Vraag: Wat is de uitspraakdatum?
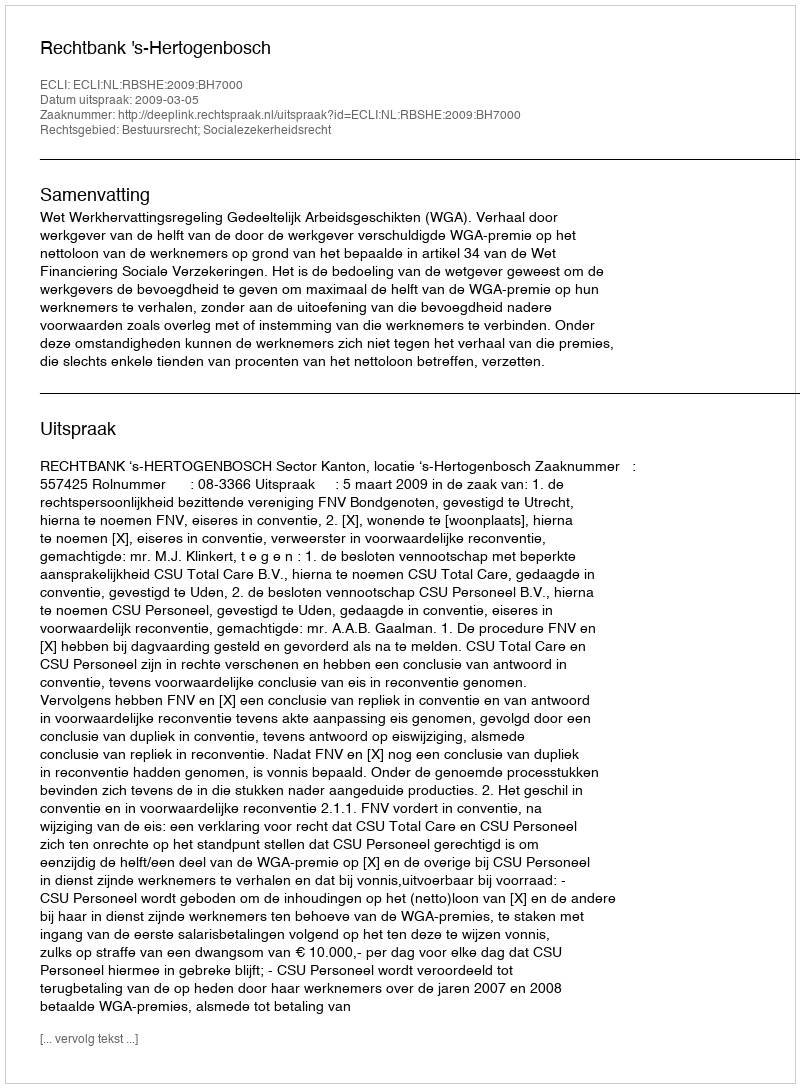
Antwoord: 2009-03-05